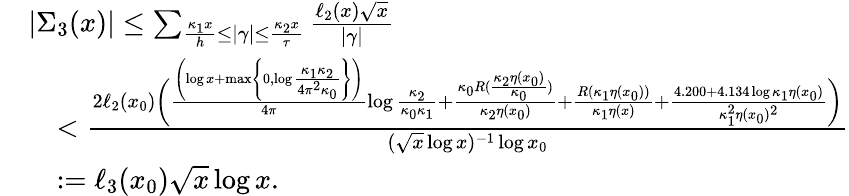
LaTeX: \begin{array}{rl}&{|\Sigma_{3}(x)|\leq\sum_{\frac{\kappa_{1}x}{h}\leq|\gamma|\leq\frac{\kappa_{2}x}{\tau}}\frac{\ell_{2}(x)\sqrt{x}}{|\gamma|}}\\ &{\quad<\frac{2\ell_{2}(x_{0})\bigg(\frac{\left(\log{x}+\operatorname*{max}\left\{ 0,\log{\frac{\kappa_{1}\kappa_{2}}{4\pi^{2}\kappa_{0}}}\right\} \right)}{4\pi}\log{\frac{\kappa_{2}}{\kappa_{0}\kappa_{1}}}+\frac{\kappa_{0}R(\frac{\kappa_{2}\eta(x_{0})}{\kappa_{0}})}{\kappa_{2}\eta(x_{0})}+\frac{R(\kappa_{1}\eta(x_{0}))}{\kappa_{1}\eta(x)}+\frac{4.200+4.134\log{\kappa_{1}\eta(x_{0})}}{\kappa_{1}^{2}\eta(x_{0})^{2}}\bigg)}{(\sqrt{x}\log{x})^{-1}\log{x_{0}}}}\\ &{\quad:=\ell_{3}(x_{0})\sqrt{x}\log{x}.}\end{array}